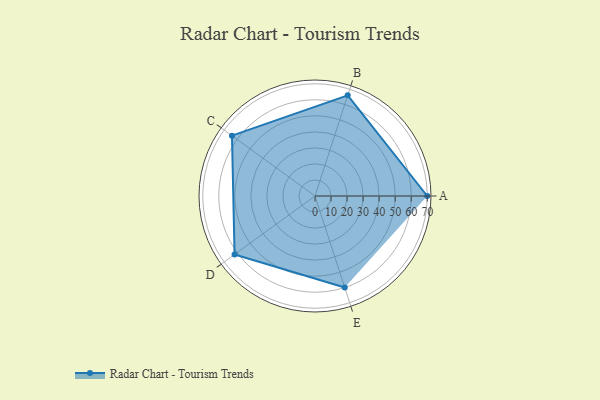
{"axis": {"x": "Skill", "y": "Score"}, "legend": ["Profile"], "data": [{"x": "A", "y": 70.0, "type": "Profile"}, {"x": "B", "y": 66.0, "type": "Profile"}, {"x": "C", "y": 64.0, "type": "Profile"}, {"x": "D", "y": 62.0, "type": "Profile"}, {"x": "E", "y": 60.0, "type": "Profile"}]}